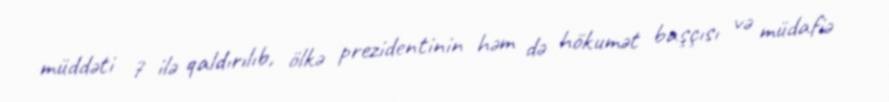
müddəti 7 ilə qaldırılıb, ölkə prezidentinin həm də hökumət başçısı və müdafiə